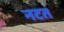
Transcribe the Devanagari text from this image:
नटत